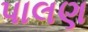
પાલણ